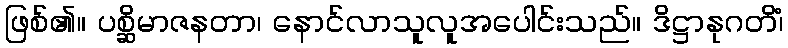
ဖြစ်၏။ ပစ္ဆိမာဇနတာ၊ နောင်လာသူလူအပေါင်းသည်။ ဒိဋ္ဌာနုဂတိံ၊